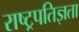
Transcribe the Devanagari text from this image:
राष्ट्रपतिज्ञता